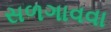
સળગાવવા